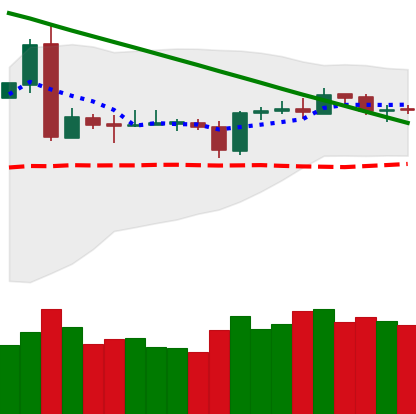
Ticker: BTC-USD
Chart end date: 2019-03-13
Forward return: 3.22%
Label: up_3_5